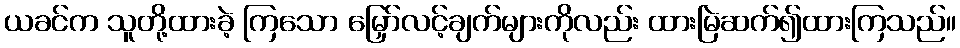
ယခင်က သူတို့ထားခဲ့ ကြသော မြှော်လင့်ချက်များကိုလည်း ထားမြဲဆက်၍ထားကြသည်။